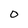
Character: 0